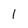
Character: l